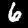
Digit: 6